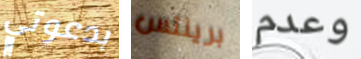
بدعوتي برينتس وعدم